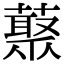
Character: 藂